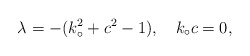
\begin{align*}\lambda = - ( k_{\circ}^2 + c^2 - 1),\quad k_{\circ} c = 0,\end{align*}